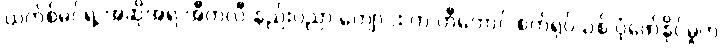
ယက်စ်မင်ရဲ့ အဆိုအရ အီတလီ နည်းပညာ ကျောင်း က တီကောင် စက်ရုပ်သစ် ပုံဖော်နိုင်မှုက